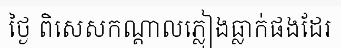
ថ្ងៃ ពិសេសកណ្តាលភ្លៀងធ្លាក់ផងដែរ